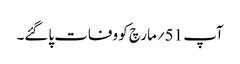
آپ 51؍مارچ کو وفات پاگئے۔